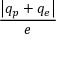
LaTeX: \frac { \left| q _ { p } + q _ { e } \right| } { e }